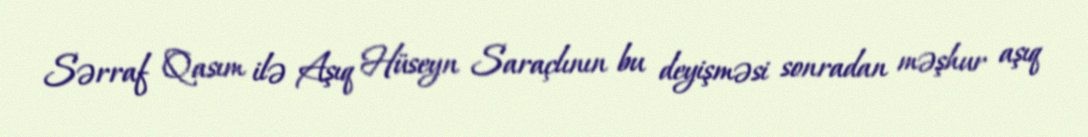
Sərraf Qasım ilə Aşıq Hüseyn Saraçlının bu deyişməsi sonradan məşhur aşıq